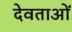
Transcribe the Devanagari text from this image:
देवताओं